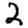
Digit: 2